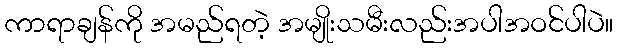
ကာရာချန်ကို အမည်ရတဲ့ အမျိုးသမီးလည်းအပါအဝင်ပါပဲ။